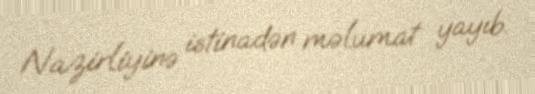
Nazirliyinə istinadən məlumat yayıb.